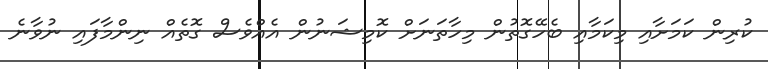
ކުރިން ކަމަށާއި މިކަމާއި ބެހޭގޮތުން މިހާތަނަށް ކޮމިޝަނުން އެއްވެސް ގޮތެއް ނިންމާފައި ނުވާނެ